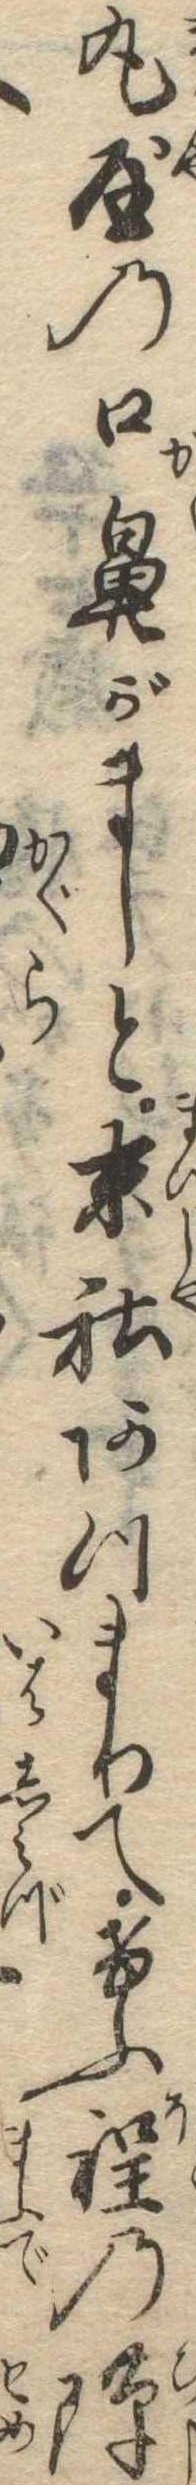
丸屋の口鼻がましと末社あつまりてけふ程の隙